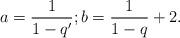
LaTeX: \begin{align*}a = \frac{1}{1-q^{\prime}}; b = \frac{1}{1-q} + 2.\end{align*}